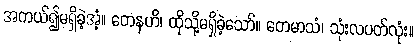
အကယ်၍မရှိခဲ့အံ့။ တေနဟိ၊ ထိုသို့မရှိခဲ့သော်။ တေမာသံ၊ သုံးလပတ်လုံး။